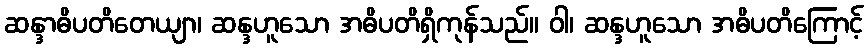
ဆန္ဒာဓိပတိတေယျာ၊ ဆန္ဒဟူသော အဓိပတိရှိကုန်သည်။ ဝါ၊ ဆန္ဒဟူသော အဓိပတိကြောင့်